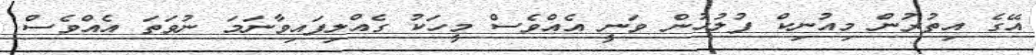
އޭގެ އިތުރުން މިއުނިކް ފުލުހުން ވަނީ އެއްވެސް މީހަކު ގެއްލިފައިވާނަމަ ނުވަތަ އެއްވެސް